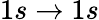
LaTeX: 1s\to 1s